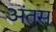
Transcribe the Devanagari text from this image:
अंतस्